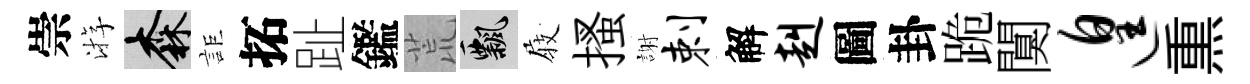
崇㳺森詎拓趾鑑荒飄𡲆搔謝剌解赳圖卦跪闃遑𤋱